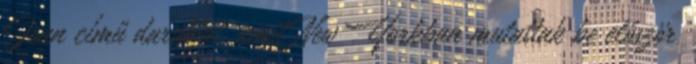
Joan című darabját, amit New Yorkban mutattak be először,